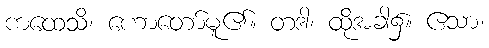
ကထေသိ၊ ဟောတော်မူ၏။ တဒါ၊ ထိုအခါ၌။ ဧသာ၊